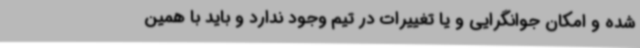
شده و امکان جوانگرایی و یا تغییرات در تیم وجود ندارد و باید با همین